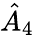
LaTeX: \hat{A}_{4}